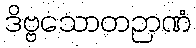
ဒိဗ္ဗသောတဉာဏံ